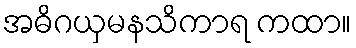
အဓိဂယှမနသိကာရ ကထာ။